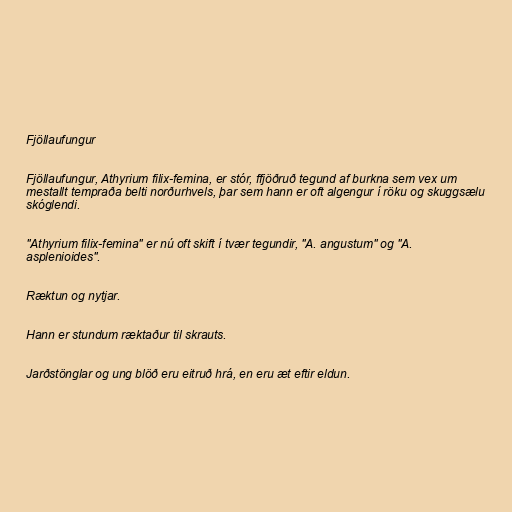
Fjöllaufungur

Fjöllaufungur, Athyrium filix-femina, er stór, ffjöðruð tegund af burkna sem vex um
mestallt tempraða belti norðurhvels, þar sem hann er oft algengur í röku og skuggsælu
skóglendi.

"Athyrium filix-femina" er nú oft skift í tvær tegundir, "A. angustum" og "A.
asplenioides".

Ræktun og nytjar.

Hann er stundum ræktaður til skrauts.

Jarðstönglar og ung blöð eru eitruð hrá, en eru æt eftir eldun.